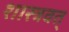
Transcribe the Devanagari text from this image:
शास्त्रवत्‌